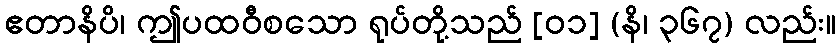
ဧတာနိပိ၊ ဤပထဝီစသော ရုပ်တို့သည် [၀၁] (နိ၊ ၃၆၇) လည်း။